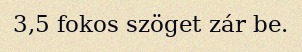
3,5 fokos szöget zár be.